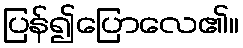
ပြန်၍ပြောလေ၏။